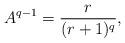
LaTeX: \begin{align*}A^{q-1} = \frac{r}{(r+1)^q},\end{align*}